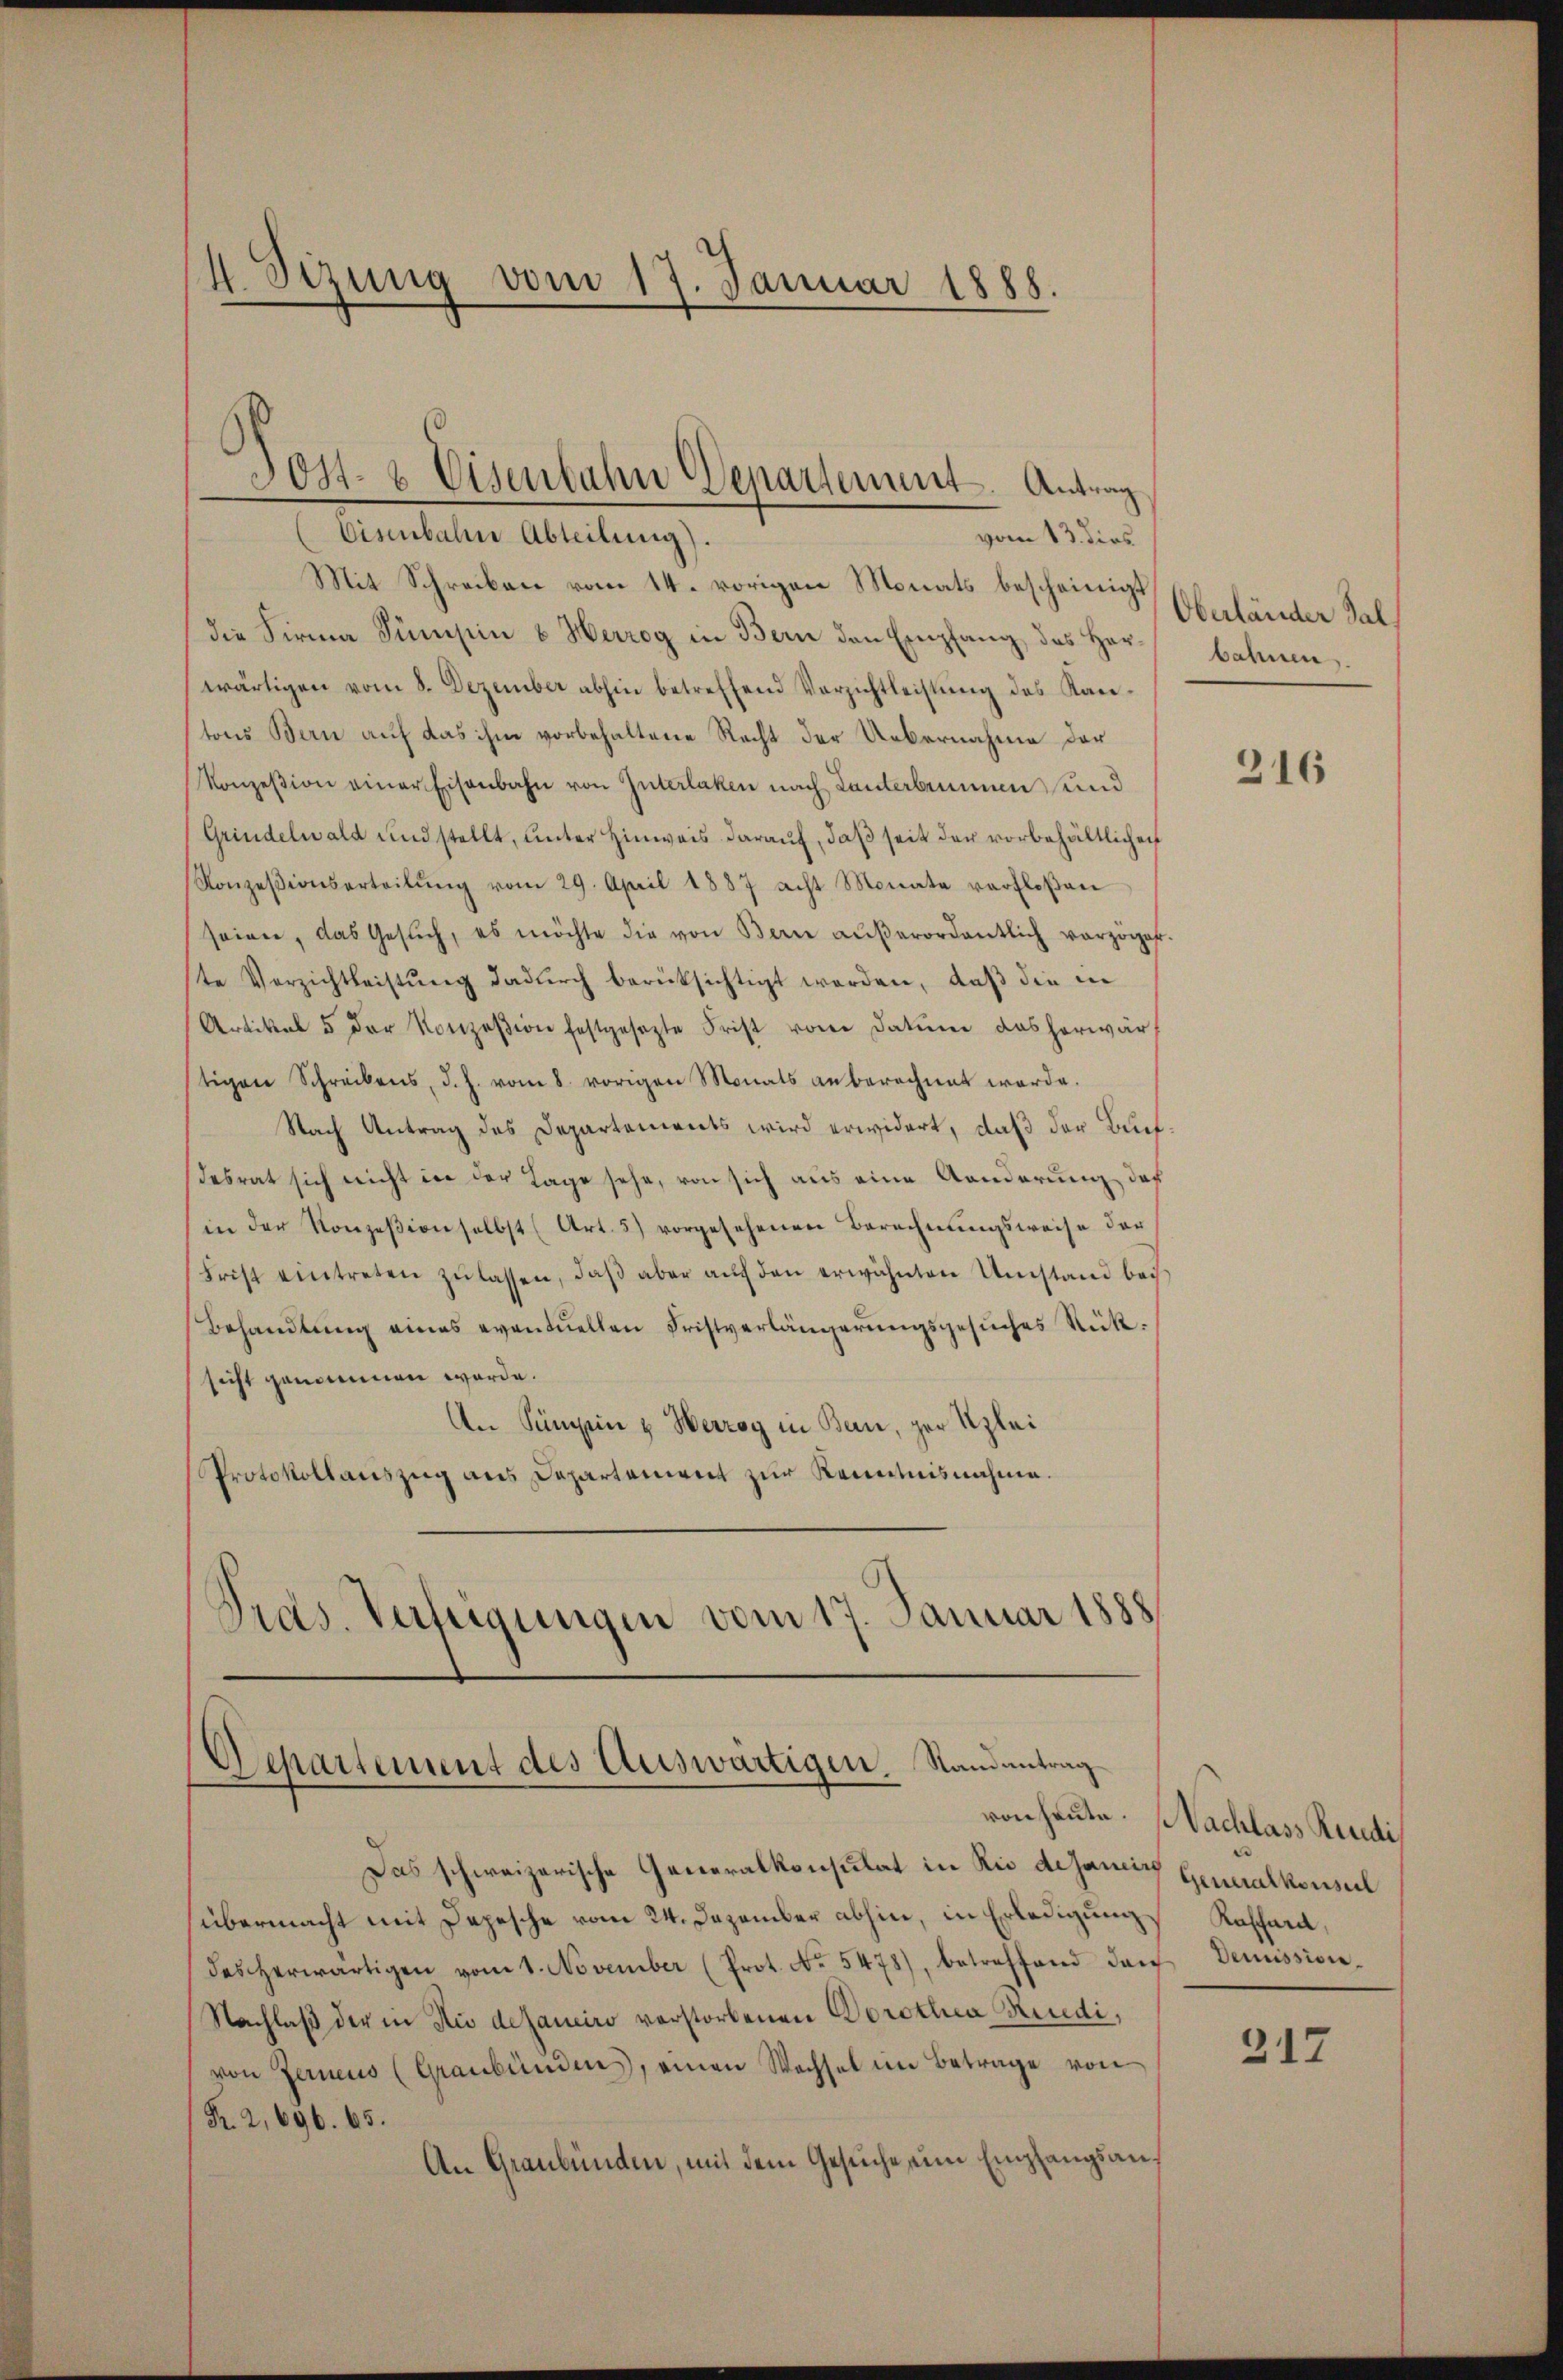
4 Sizung vom 17. Januar 1888.

J04- 8 Eisenbahn Departement. Antrag
(Eisenbahne Abteilung).
vom 13. dies

Mit Schreiben vom 14. vorigen Monats bescheinigt
die Firma Sümpin u Herzog in Bern den Empfang des Her- bahnen,
wärtigen vom 8. Dezember abhin betreffend Verzichtleistung des Kantons Bern auf das ihm vorbehaltene Recht der Uebernahme der
Konzesion einer Eisenbahn von Interlaken nach Lanterbenen und
Grindelwald und stellt, unter Hinweis darauf, daß seit der vorbehältlichen
Konzesionserteilŭng vom 29. April 1887 acht Monate verfloßen
seinen, das Gesŭch, es möchte die von Bern aŭβerordentlich verzöger.
ste Verzichtleistŭng dadŭrch berücksichtigt werden, daß die in
Artikel 5 der Konzesion festgesezte Frist von Datum das herwär
tigen Schreibens, d. J. vom 8. vorigen Monats an berechnet werde.
Nach Antrag des Departements wird erwidert, daß der Buch
desrat sich nicht in der Lage sehe, von sich aus eine Aenderung, daß
in der Konzesion selbst (Art. 5) vorgesehenen Berechnungsweise der
Frist eintreten zŭlassen, daβ aber aŭf den erwähnten Umstand bei
Behandlung eines eventuellen Fristverlängerungsgesuches Stück:
sicht genommen werde.
An Sängen & Werrog in Bern, der Klei¬
Protokollauszug aus Departement zur Kenntnisnahme.
Tras. Verfügungen vom 17. Januar 1888

Separtement des Auswärtigen. Randantrag

Das schweizerische Generalkonsulat in Rio dejanie Generalkonsul
übermacht mit Depesche vom 24. Dezember abhin, in Erledigung Kassard,
des herwärtigen vom 1. November (Prot. No. 5478), betreffend dan Demission¬
Nachlaß der in Zu desaneiro verstorbenen Dorothea Rendi,
von Zerneus (Graubündens, einen Wachsel im Betrage von
R. 2, 696. 65.
An Graubünden, mit dem Gesuche eine Empfangsan¬

Oberländer Fal

316

von heute. Nachlass Rendi

217